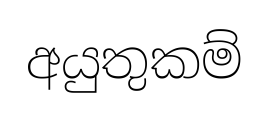
අයුතුකම්